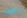
بعض